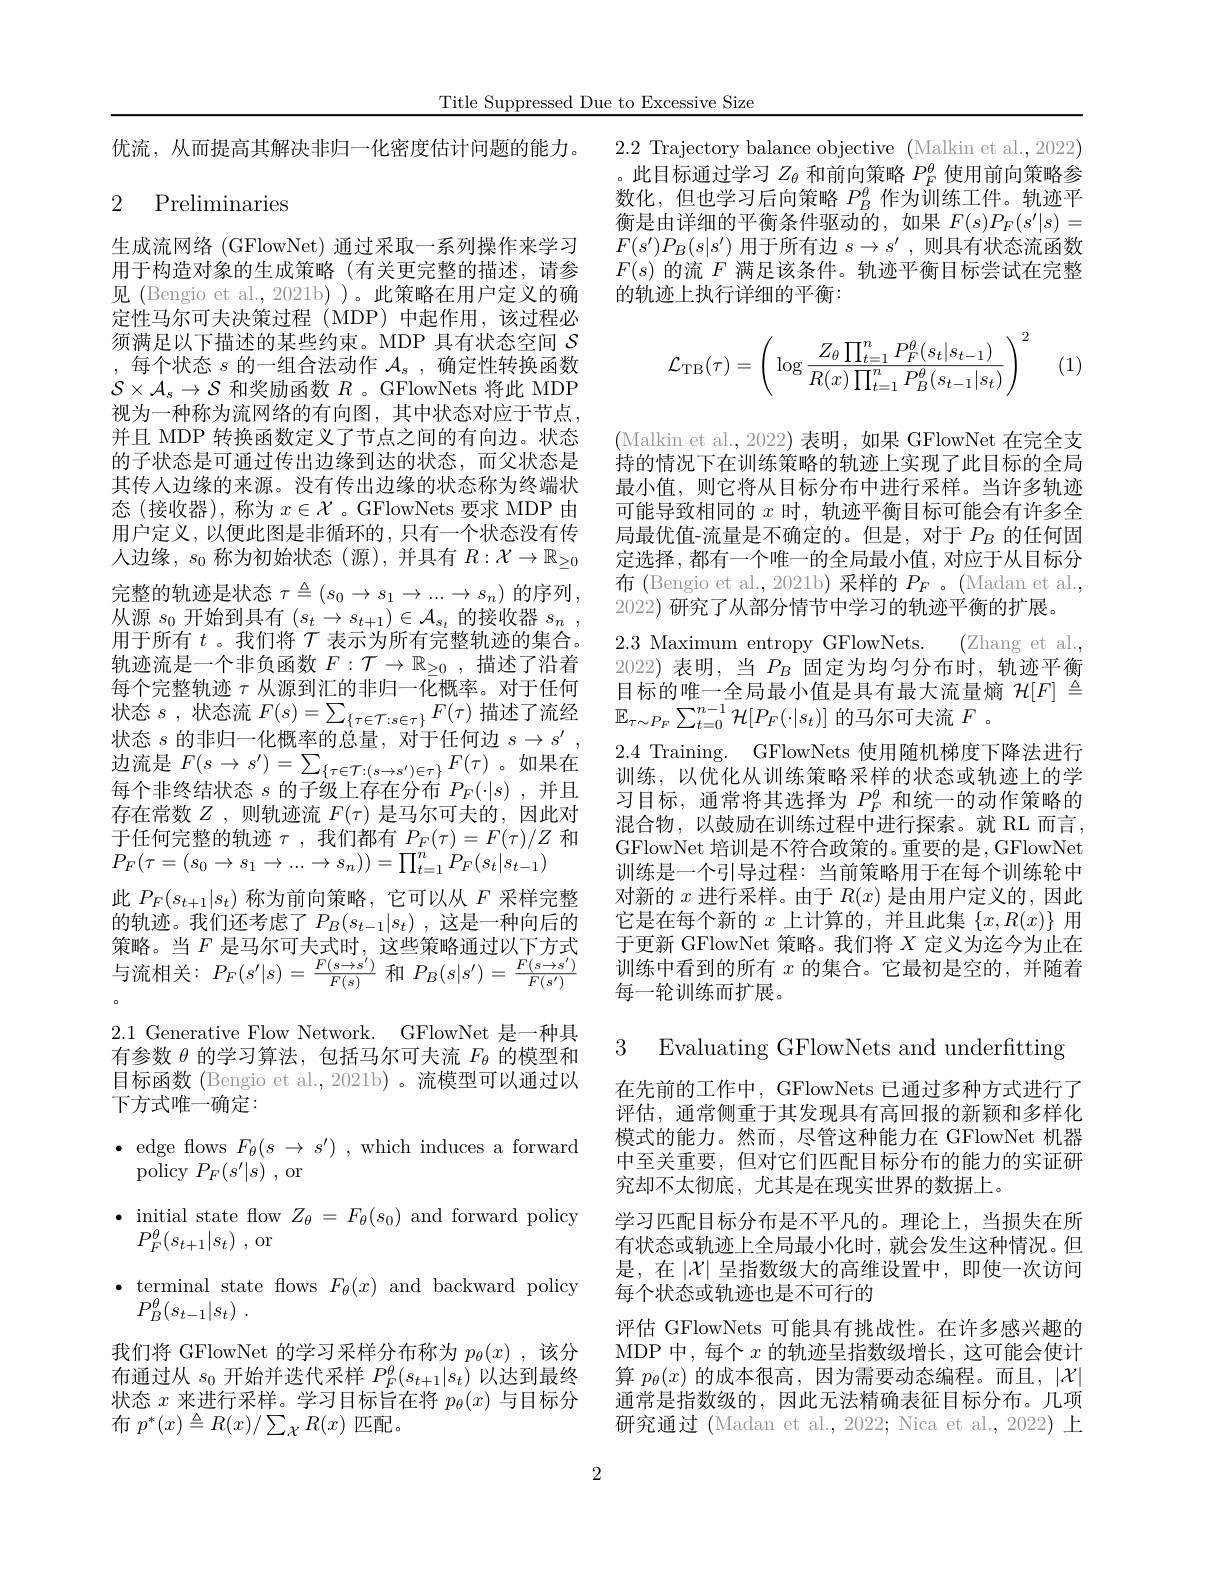
Title Suppressed Due to Excessive Size

优流，从而提高其解决非归一化密度估计问题的能力。

## 2 Preliminaries

生成流网络 (GFlowNet) 通过采取一系列操作来学习用于构造对象的生成策略(有关更完整的描述，请参见 (Bengio et al., 2021b) )。此策略在用户定义的确定性马尔可夫决策过程(MDP)中起作用，该过程必须满足以下描述的某些约束。MDP 具有状态空间$S$ ,每个状态$s$的一组合法动作$\mathcal{A}_s$,确定性转换函数$\mathcal{S}\times\mathcal{A}_s\to\mathcal{S}$和奖励函数$R$ 。GFlowNets 将此 MDP 视为一种称为流网络的有向图，其中状态对应于节点， 并且 MDP 转换函数定义了节点之间的有向边。状态的子状态是可通过传出边缘到达的状态，而父状态是其传入边缘的来源。没有传出边缘的状态称为终端状态 (接收器), 称为$x\in\mathcal{X}$ 。GFlowNets 要求 MDP 由用户定义，以便此图是非循环的，只有一个状态没有传人边缘，$s_0$称为初始状态(源),并具有$R:\mathcal{X}\to\mathbb{R}_\geq0$ 完整的轨迹是状态$\tau\triangleq(s_0\to s_1\to...\to s_n)$的序列， 从源$s_0$开始到具有$(s_t\to s_{t+1})\in\mathcal{A}_{s_t}$的接收器$s_n$, 用于所有$t$ 。我们将$\mathcal{T}$表示为所有完整轨迹的集合。轨迹流是一个非负函数$F:\mathcal{T}\to\mathbb{R}_\geq0$,描述了沿着每个完整轨迹$\tau$从源到汇的非归一化概率。对于任何状态$s$ ,状态流$F(s)=\sum_{\{\tau\in\mathcal{T}:s\in\tau\}}F(\tau)$描述了流经状态$s$的非归一化概率的总量，对于任何边$s\to s^\prime$ 边流是$F(s\rightarrow s^{\prime})=\sum_{\{\tau\in\mathcal{T}:(s\rightarrow s^{\prime})\in\tau\}}F(\tau)$。如果在每个非终结状态$s$的子级上存在分布$P_F(\cdot|s)$,并且存在常数$Z$ ,则轨迹流$F(\tau)$是马尔可夫的，因此对于任何完整的轨迹$\tau$,我们都有$P_F(\tau)=F(\tau)/Z$ 和$P_F(\tau=(s_0\to s_1\to...\to s_n))=\prod_{t=1}^nP_F(s_t|s_{t-1})$
此$P_F(s_{t+1}|s_t)$称为前向策略，它可以从$F$采样完整的轨迹。我们还考虑了$P_B( s_{t- 1}| s_t)$ ,这是一种向后的策略。当$F$ 是马尔可夫式时，这些策略通过以下方式与流相关：$P_F(s^{\prime}|s)=\frac{F(s\to s^{\prime})}{F(s)}$和$P_B(s|s^{\prime})=\frac{F(s\to s^{\prime})}{F(s^{\prime})}$ 2.1 Generative Flow Network. GFlowNet 是一种具有参数$\theta$的学习算法，包括马尔可夫流$F_\mathrm{\theta}$的模型和目标函数 (Bengio et al.,2021b)。流模型可以通过以下方式唯一确定：
$\bullet$ edge flows $F_\theta(s\rightarrow s^{\prime})$ , which induces a forward
policy $P_F(s^{\prime}|s)$ , or
$\bullet$ initial state flow $Z_\theta=F_\theta(s_0)$ and forward policy
$P_F^\theta ( s_{t+ 1}| s_t)$ ,or
$\bullet$ terminal state fows $F_\theta(x)$ and backward policy
$P_{B}^{\theta }( s_{t- 1}| s_{t})$ .
我们将 GFlowNet 的学习采样分布称为$p_\theta(x)$ ,该分布通过从$s_0$开始并迭代采样$P_F^\theta(s_{t+1}|s_t)$以达到最终状态$x$来进行采样。学习目标旨在将$p_\theta(x)$与目标分布$p^*(x)\triangleq R(x)/\sum_{\mathcal{X}}R(x)$匹配。

2.2 Trajectory balance objective (Malkin et al., 2022) 。此目标通过学习$Z_\theta$和前向策略$P_F^\theta$使用前向策略参数化，但也学习后向策略$P_B^\theta$作为训练工件。轨迹平衡是由详细的平衡条件驱动的，如果$F(s)P_F(s^{\prime}|s)=$ $F(s^{\prime})P_B(s|s^{\prime})$用于所有边$s\to s^\prime$,则具有状态流函数$F(s)$的流$F$满足该条件。轨迹平衡目标尝试在完整的轨迹上执行详细的平衡：
$$\mathcal{L}_{\mathrm{TB}}(\tau)=\left(\log\frac{Z_\theta\prod_{t=1}^nP_F^\theta(s_t|s_{t-1})}{R(x)\prod_{t=1}^nP_B^\theta(s_{t-1}|s_t)}\right)^2$$
(1)

(Malkin et al., 2022) 表明，如果 GFlowNet 在完全支持的情况下在训练策略的轨迹上实现了此目标的全局最小值，则它将从目标分布中进行采样。当许多轨迹可能导致相同的$x$时，轨迹平衡目标可能会有许多全局最优值-流量是不确定的。但是，对于$P_B$的任何固定选择 , 都有一个唯一的全局最小值，对应于从目标分布 (Bengio et al., 2021b) 采样的$P_F$ 。(Madan et al., 2022) 研究了从部分情节中学习的轨迹平衡的扩展。
2.3 Maximum entropy GFlowNets. (Zhang et al., 2022) 表明，当$P_B$固定为均匀分布时，轨迹平衡目标的唯一全局最小值是具有最大流量熵$\mathcal{H}[F]\triangleq$ $\mathbb{E}_{\tau\sim P_F}\sum_{t=0}^{n-1}\mathcal{H}[P_F(\cdot|s_t)]$的马尔可夫流$F$ 。
2.4 Training. GFlowNets 使用随机梯度下降法进行训练，以优化从训练策略采样的状态或轨迹上的学习目标，通常将其选择为$P_F^\theta$和统一的动作策略的混合物，以鼓励在训练过程中进行探索。就 RL 而言， GFlowNet 培训是不符合政策的。重要的是，GFlowNet 训练是一个引导过程：当前策略用于在每个训练轮中对新的$x$进行采样。由于$R(x)$是由用户定义的，因此它是在每个新的$x$上计算的，并且此集$\{x,R(x)\}$用于更新 GFlowNet 策略。我们将$X$定义为迄今为止在训练中看到的所有$x$的集合。它最初是空的，并随着每一轮训练而扩展。

3 Evaluating GFlowNets and underfitting

在先前的工作中，GFlowNets 已通过多种方式进行了评估，通常侧重于其发现具有高回报的新颖和多样化模式的能力。然而，尽管这种能力在 GFlowNet 机器中至关重要，但对它们匹配目标分布的能力的实证研究却不太彻底，尤其是在现实世界的数据上。
学习匹配目标分布是不平凡的。理论上，当损失在所有状态或轨迹上全局最小化时，就会发生这种情况。但是，在$\left|\mathcal{X}\right|$呈指数级大的高维设置中，即使一次访问每个状态或轨迹也是不可行的
评估 GFlowNets 可能具有挑战性。在许多感兴趣的MDP 中，每个$x$的轨迹呈指数级增长，这可能会使计算$p_\theta(x)$的成本很高，因为需要动态编程。而且，$|\mathcal{X}|$ 通常是指数级的，因此无法精确表征目标分布。几项研究通过 (Madan et al., 2022; Nica et al., 2022) 上

2